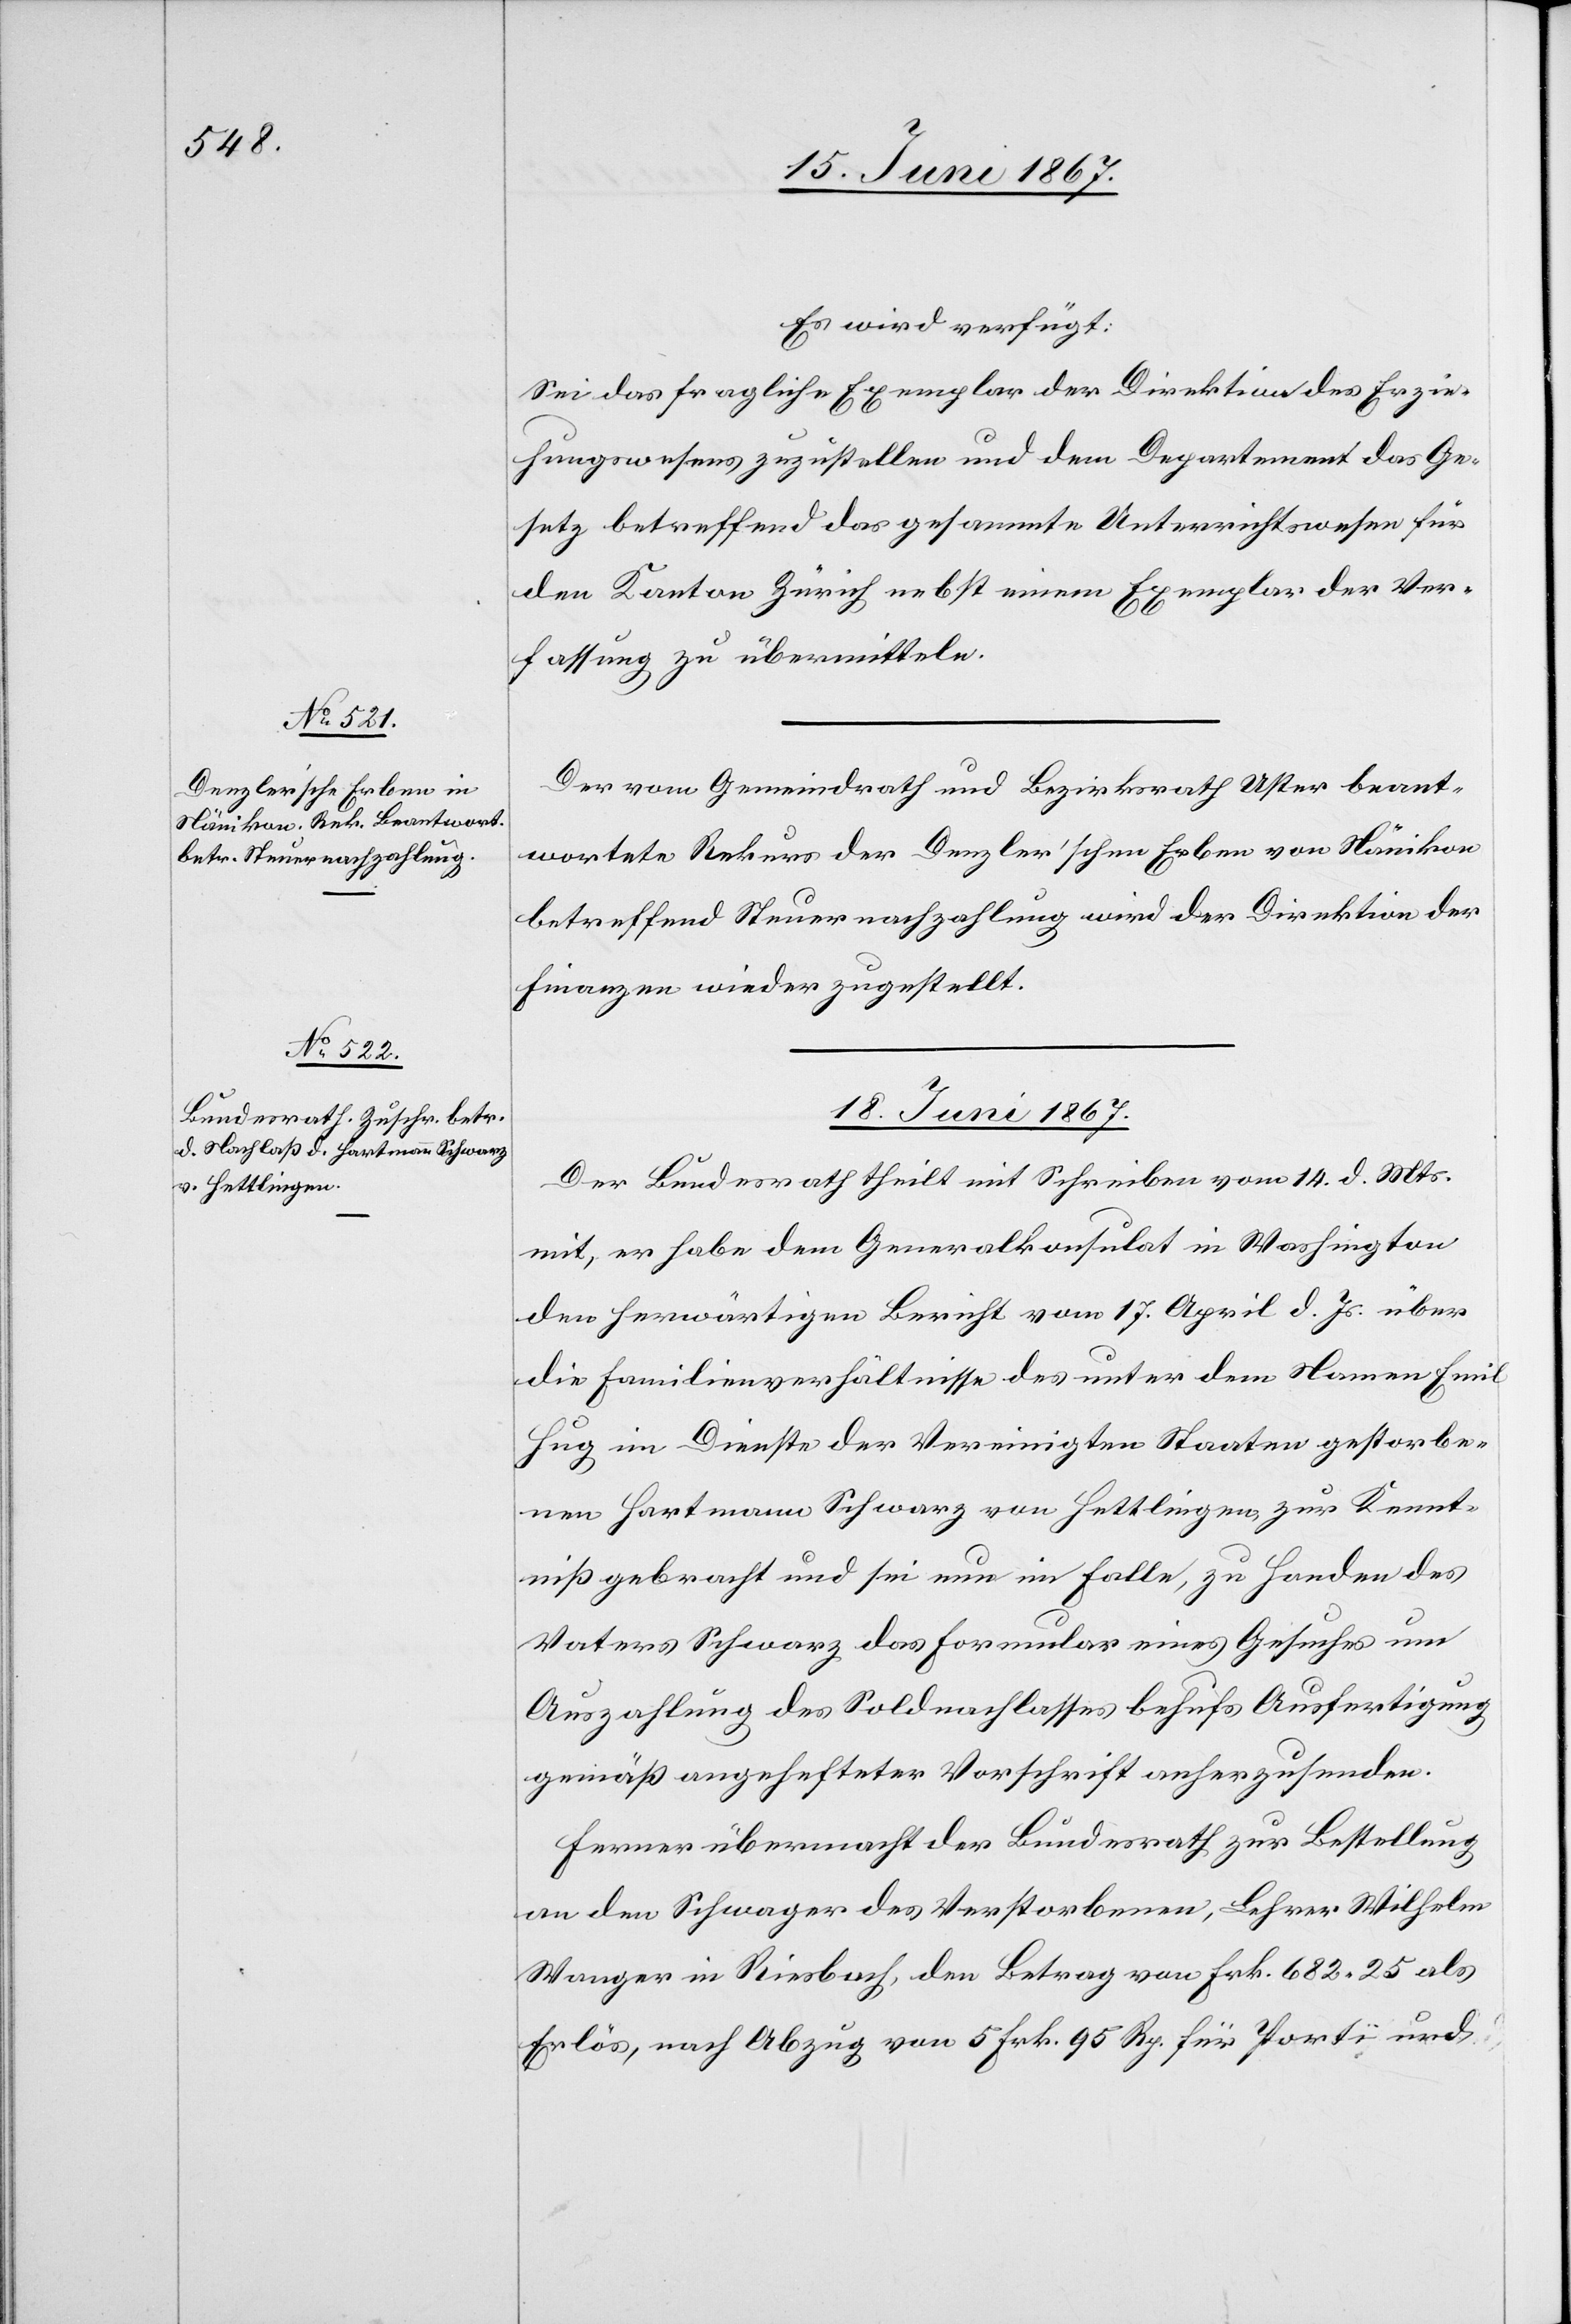
17. Juni 1867.]
Es wird verfügt:
Sei das fragliche Exemplar der Direktion des Erzie¬
hungswesens zuzustellen und dem Departement das Ge¬
setz betreffend das gesammte Unterrichtswesen für
den Kanton Zürich nebst einem Exemplar der Ver¬
fassung zu übermitteln.
Der vom Gemeindrath und Bezirksrath Uster beant¬
wortete Rekurs der Denzler’schen Erben von Nänikon
betreffend Steuernachzahlung wird der Direktion der
Finanzen wieder zugestellt.
18. Juni 1867.
Der Bundesrath theilt mit Schreiben vom 14. d. Mts.
mit, er habe dem Generalkonsulat in Washington
den herwärtigen Bericht vom 17. April d. Js. über
die Familienverhältnisse des unter dem Namen Emil
Hug im Dienste der Vereinigten Staaten gestorbe¬
nen Hartmann Schwarz von Hettlingen zur Kennt¬
niß gebracht und sei nun im Falle, zu Handen des
Vaters Schwarz das Formular eines Gesuches um
Auszahlung des Soldnachlasses behufs Ausfertigung
gemäß angehefteter Vorschrift anherzusenden.
Ferner übermacht der Bundesrath zur Bestellung
an den Schwager des Verstorbenen, Lehrer Wilhelm
Wanger in Riesbach, den Betrag von Frk. 682.25 als
Erlös, nach Abzug von 5 Frk. 95 Rp. für Portï und